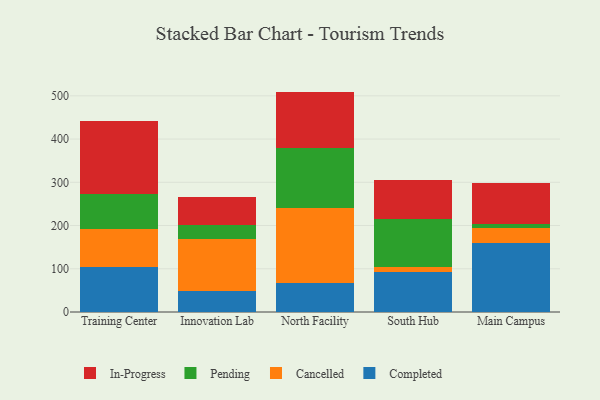
{"axis": {"x": "Campus", "y": "Operating Costs (USD K)"}, "legend": ["Cancelled", "Completed", "In-Progress", "Pending"], "data": [{"x": "Training Center", "y": 104.8, "type": "Completed"}, {"x": "Training Center", "y": 86.4, "type": "Cancelled"}, {"x": "Training Center", "y": 82.7, "type": "Pending"}, {"x": "Training Center", "y": 168.9, "type": "In-Progress"}, {"x": "Innovation Lab", "y": 48.4, "type": "Completed"}, {"x": "Innovation Lab", "y": 120.4, "type": "Cancelled"}, {"x": "Innovation Lab", "y": 33.6, "type": "Pending"}, {"x": "Innovation Lab", "y": 63.4, "type": "In-Progress"}, {"x": "North Facility", "y": 67.8, "type": "Completed"}, {"x": "North Facility", "y": 171.9, "type": "Cancelled"}, {"x": "North Facility", "y": 140.4, "type": "Pending"}, {"x": "North Facility", "y": 129.7, "type": "In-Progress"}, {"x": "South Hub", "y": 92.8, "type": "Completed"}, {"x": "South Hub", "y": 10.3, "type": "Cancelled"}, {"x": "South Hub", "y": 112.3, "type": "Pending"}, {"x": "South Hub", "y": 89.4, "type": "In-Progress"}, {"x": "Main Campus", "y": 158.7, "type": "Completed"}, {"x": "Main Campus", "y": 35.6, "type": "Cancelled"}, {"x": "Main Campus", "y": 8.8, "type": "Pending"}, {"x": "Main Campus", "y": 95.1, "type": "In-Progress"}]}